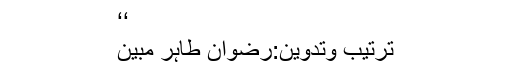
‘‘
ترتیب وتدوین:رضوان طاہر مبین